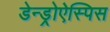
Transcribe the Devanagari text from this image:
डेन्ड्रोऐस्पिस